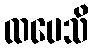
ထပေသိ